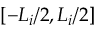
[ - L _ { i } / 2 , L _ { i } / 2 ]